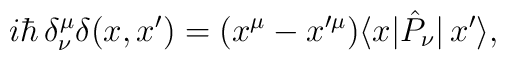
i\hbar\,\delta^\mu_\nu\delta(x,x')	=	(x^\mu-x'^\mu)	\langle x|\hat{P}_\nu|\,x'\rangle,